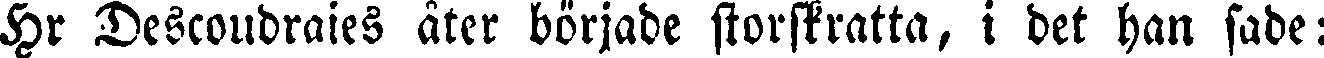
Hr Descoudraies åter började storskratta, i det han sade: